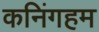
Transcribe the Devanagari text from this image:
कनिंगहम